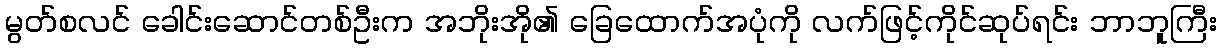
မွတ်စလင် ခေါင်းဆောင်တစ်ဦးက အဘိုးအို၏ ခြေထောက်အပုံကို လက်ဖြင့်ကိုင်ဆုပ်ရင်း ဘာဘူကြီး